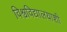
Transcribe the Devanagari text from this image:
विश्वविद्यालयाशी